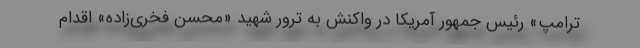
ترامپ» رئیس جمهور آمریکا در واکنش به ترور شهید «محسن فخری‌زاده» اقدام